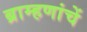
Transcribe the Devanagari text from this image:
ब्राम्हणांचें